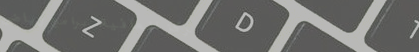
مركز العافية: برامج رياضي